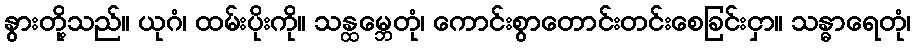
နွားတို့သည်။ ယုဂံ၊ ထမ်းပိုးကို။ သန္ထမ္ဘေတုံ၊ ကောင်းစွာတောင်းတင်းစေခြင်းငှာ။ သန္ဓာရေတုံ၊